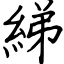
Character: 綈